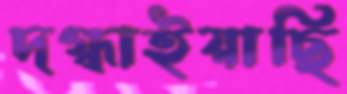
দগ্ধাইয়াছি